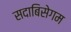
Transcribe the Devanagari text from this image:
सदाबिसेगम